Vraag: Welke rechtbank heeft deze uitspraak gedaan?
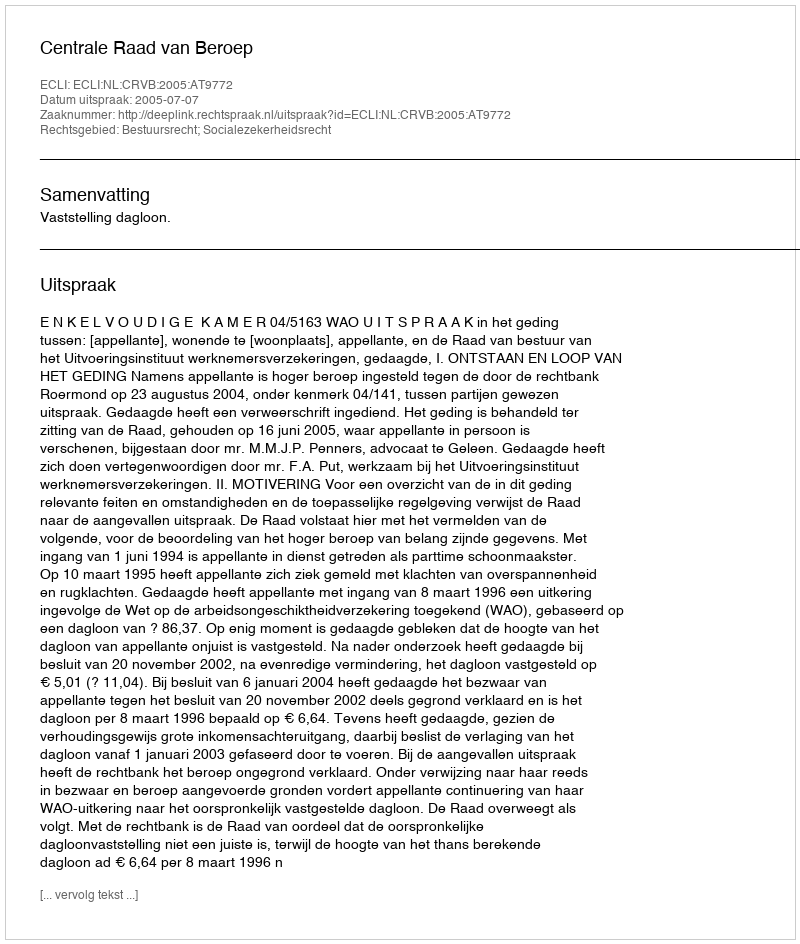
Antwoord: Centrale Raad van Beroep